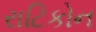
રાટિકોન